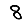
Digit: 8